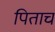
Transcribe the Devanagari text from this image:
पिताच